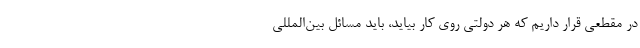
در مقطعی قرار داریم که هر دولتی روی کار بیاید، باید مسائل بین‌المللی